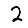
Digit: 2